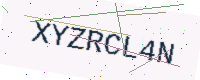
Text: XYZRCL4N